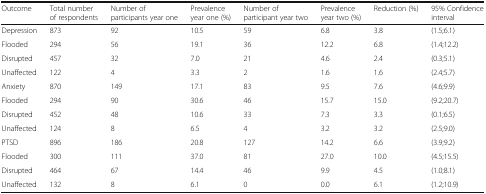
<table><thead><tr><td><b>Outcome</b></td><td><b>Total number of respondents</b></td><td><b>Number of participants year one</b></td><td><b>Prevalence year one (%)</b></td><td><b>Number of participant year two</b></td><td><b>Prevalence year two (%)</b></td><td><b>Reduction (%)</b></td><td><b>95% Confidence interval</b></td></tr></thead><tbody><tr><td>Depression</td><td>873</td><td>92</td><td>10.5</td><td>59</td><td>6.8</td><td>3.8</td><td>(1.5;6.1)</td></tr><tr><td>Flooded</td><td>294</td><td>56</td><td>19.1</td><td>36</td><td>12.2</td><td>6.8</td><td>(1.4;12.2)</td></tr><tr><td>Disrupted</td><td>457</td><td>32</td><td>7.0</td><td>21</td><td>4.6</td><td>2.4</td><td>(0.3;5.1)</td></tr><tr><td>Unaffected</td><td>122</td><td>4</td><td>3.3</td><td>2</td><td>1.6</td><td>1.6</td><td>(2.4;5.7)</td></tr><tr><td>Anxiety</td><td>870</td><td>149</td><td>17.1</td><td>83</td><td>9.5</td><td>7.6</td><td>(4.6;9.9)</td></tr><tr><td>Flooded</td><td>294</td><td>90</td><td>30.6</td><td>46</td><td>15.7</td><td>15.0</td><td>(9.2;20.7)</td></tr><tr><td>Disrupted</td><td>452</td><td>48</td><td>10.6</td><td>33</td><td>7.3</td><td>3.3</td><td>(0.1;6.5)</td></tr><tr><td>Unaffected</td><td>124</td><td>8</td><td>6.5</td><td>4</td><td>3.2</td><td>3.2</td><td>(2.5;9.0)</td></tr><tr><td>PTSD</td><td>896</td><td>186</td><td>20.8</td><td>127</td><td>14.2</td><td>6.6</td><td>(3.9;9.2)</td></tr><tr><td>Flooded</td><td>300</td><td>111</td><td>37.0</td><td>81</td><td>27.0</td><td>10.0</td><td>(4.5;15.5)</td></tr><tr><td>Disrupted</td><td>464</td><td>67</td><td>14.4</td><td>46</td><td>9.9</td><td>4.5</td><td>(1.0;8.1)</td></tr><tr><td>Unaffected</td><td>132</td><td>8</td><td>6.1</td><td>0</td><td>0.0</td><td>6.1</td><td>(1.2;10.9)</td></tr></tbody></table>